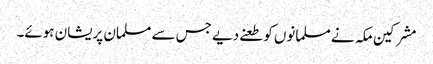
مشرکین مکہ نے مسلمانوں کو طعنے دیے جس سے مسلمان پریشان ہوئے۔